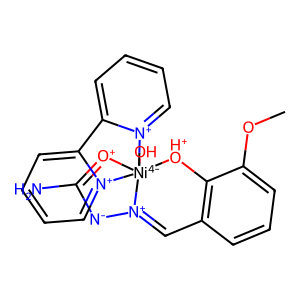
SMILES: COc1cccc2c1[OH+][Ni-4]13(O)([O+]=C(N)[N-][N+]1=C2)[n+]1ccccc1-c1cccc[n+]13
Inhibits HIV replication: No